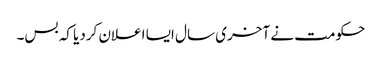
حکومت نے آخری سال ایسا اعلان کردیا کہ بس۔